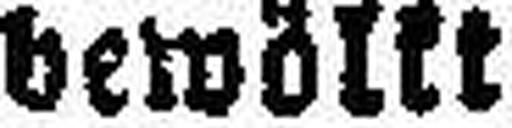
bewölkt